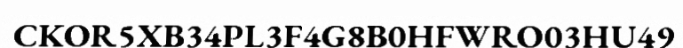
CKOR5XB34PL3F4G8B0HFWRO03HU49